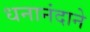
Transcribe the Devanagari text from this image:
धनानंदाने